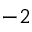
^ { - 2 }